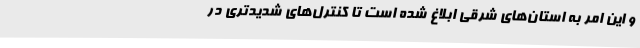
و این امر به استان‌های شرقی ابلاغ شده است تا کنترل‌های شدیدتری در